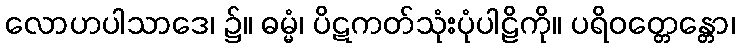
လောဟပါသာဒေ၊ ၌။ ဓမ္မံ၊ ပိဋကတ်သုံးပုံပါဠိကို။ ပရိဝတ္တေန္တော၊